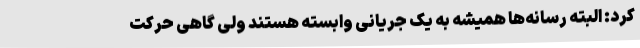
کرد: البته رسانه‌ها همیشه به یک جریانی وابسته هستند ولی گاهی حرکت